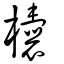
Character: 欜